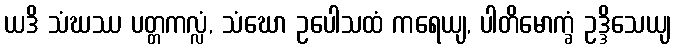
ယဒိ သံဃဿ ပတ္တကလ္လံ, သံဃော ဥပေါသထံ ကရေယျ, ပါတိမောက္ခံ ဥဒ္ဒိသေယျ